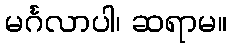
မင်္ဂလာပါ၊ ဆရာမ။